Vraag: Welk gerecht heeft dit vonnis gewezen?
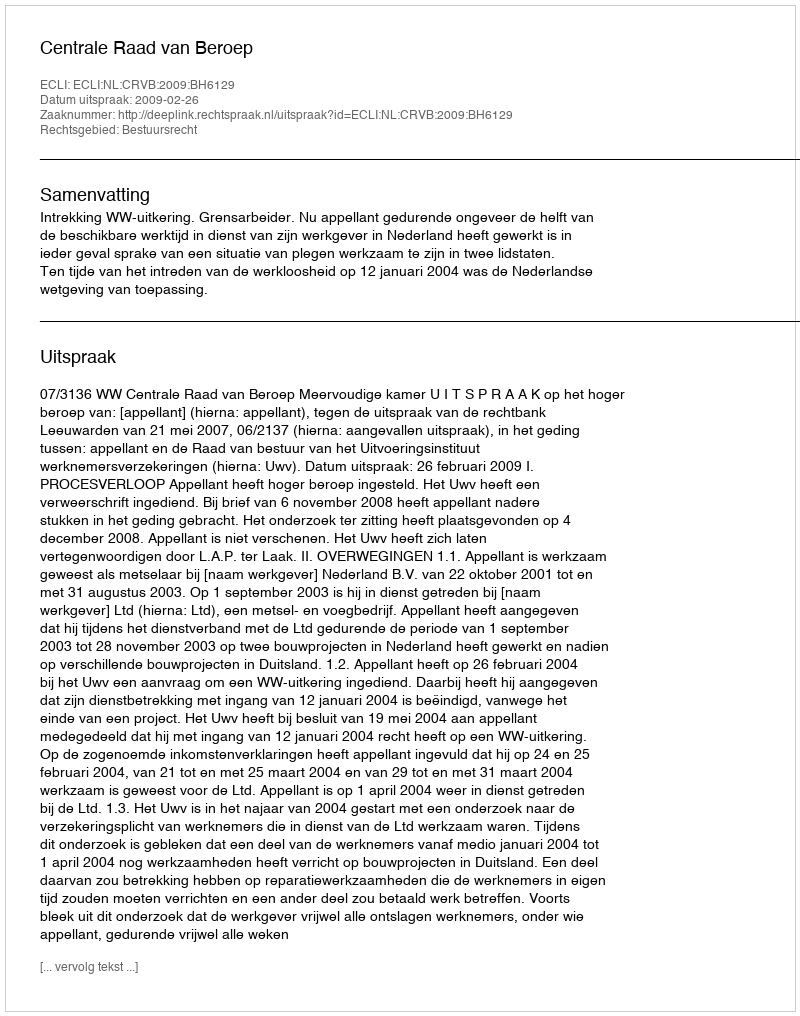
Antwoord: Centrale Raad van Beroep